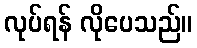
လုပ်ရန် လိုပေသည်။